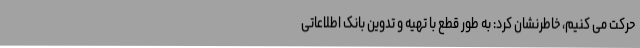
حرکت می کنیم، خاطرنشان کرد: به طور قطع با تهیه و تدوین بانک اطلاعاتی